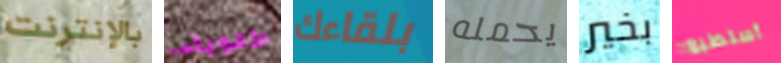
بالإنترنت الأقوياء بلقاءك يحمله بخير أستطيع